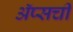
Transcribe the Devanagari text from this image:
ॲप्सची